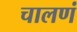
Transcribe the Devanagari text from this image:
चालणं